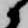
候